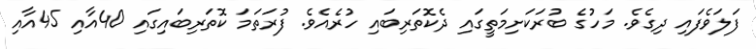
ފަލަވެފައި ދިގެވެ. މަހުގެ ބުރަކަށިމަތީގައި ދެކޮތަރިބައި ހުރެއެވެ. ފުރަތަމަ ކޮތަރިބައިގައި 40އާއި 45އާއި